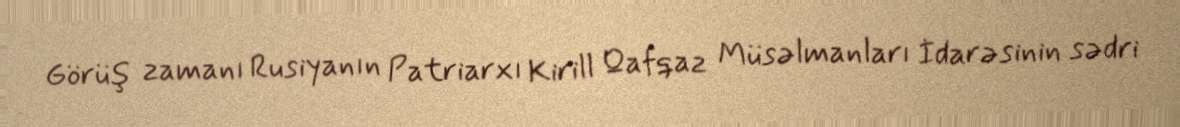
Görüş zamanı Rusiyanın Patriarxı Kirill Qafqaz Müsəlmanları İdarəsinin sədri